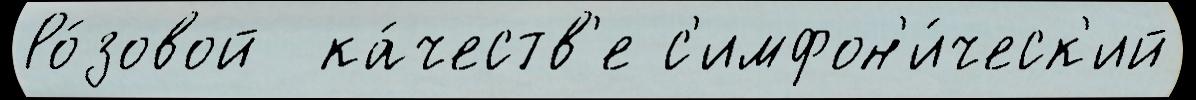
Ро́зовой  ка́честв'е с'имфон'и́ческ'ий